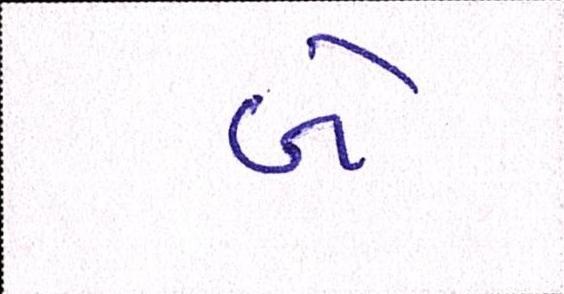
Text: બે